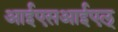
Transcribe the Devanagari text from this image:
आईएसआईएल्